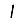
Digit: 1